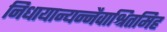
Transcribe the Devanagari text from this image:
निधायान्यन्नैवाश्रितमिह